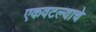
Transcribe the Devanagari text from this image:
एकवटल्याचे